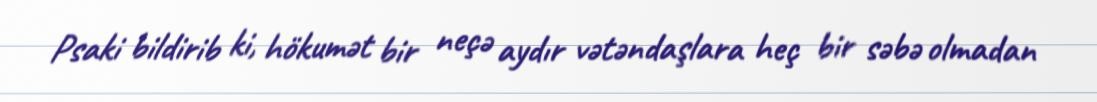
Psaki bildirib ki, hökumət bir neçə aydır vətəndaşlara heç bir səbə olmadan